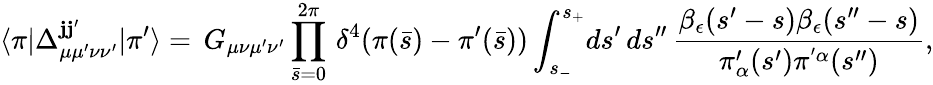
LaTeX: \langle\pi|\Delta_{\mu\mu^{\prime}\nu\nu^{\prime}}^{\mathbf{j}\mathbf{j}^{\prime}}|\pi^{\prime}\rangle=\, G_{\mu\nu\mu^{\prime}\nu^{\prime}}\prod_{\bar{{s}}=0}^{2\pi}\, \delta^{4}(\pi(\bar{{s}})-\pi^{\prime}(\bar{{s}}))\int_{s_{-}}^{s_{+}}\! ds^{\prime}\, ds^{\prime\prime}\, {\frac{{\beta_{\epsilon}(s^{\prime}-s)\beta_{\epsilon}(s^{\prime\prime}-s)}}{{\pi_{\alpha}^{\prime}(s^{\prime})\pi^{'\alpha}(s^{\prime\prime})}}},